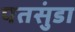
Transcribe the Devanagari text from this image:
पतसुंडा